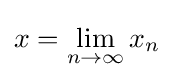
x=\lim _{n\to \infty }x_{n}